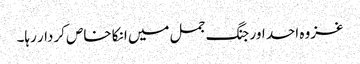
غزوہ احد اور جنگ جمل میں انکا خاص کردار رہا۔